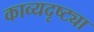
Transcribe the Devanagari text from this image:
काव्यदृष्ट्या